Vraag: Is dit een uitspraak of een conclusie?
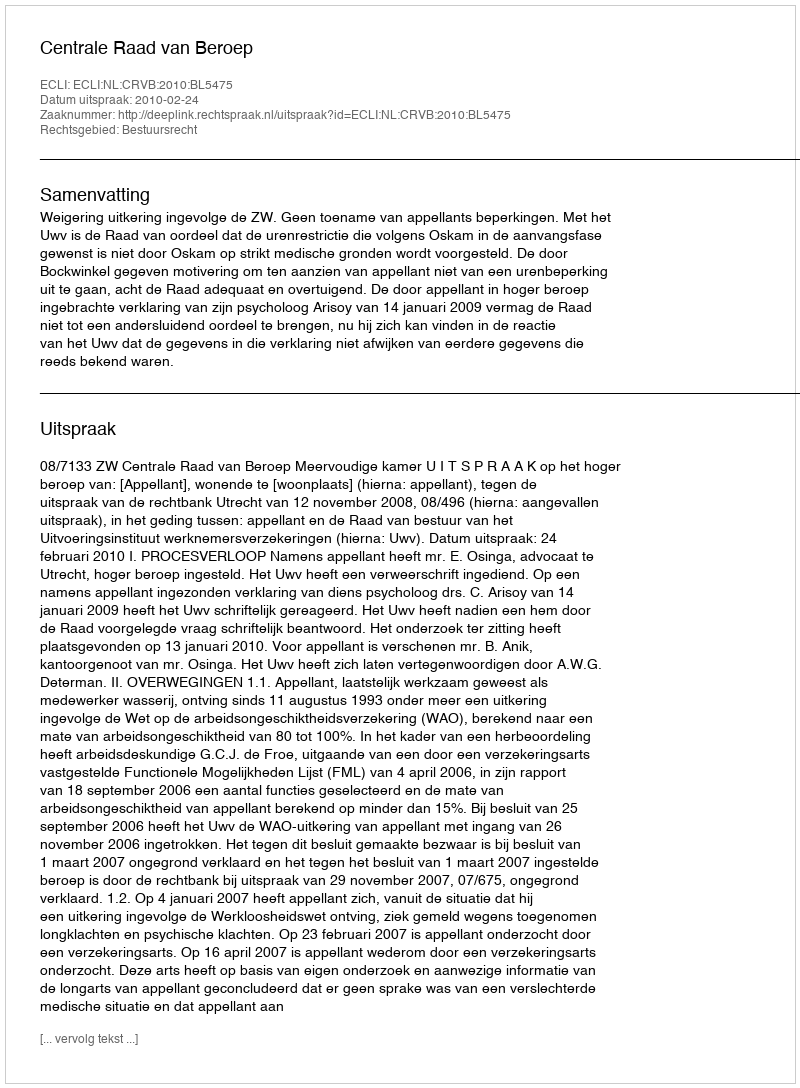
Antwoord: Uitspraak